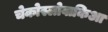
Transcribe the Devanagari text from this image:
चेकोस्लोवाकिआ